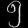
Digit: ၅